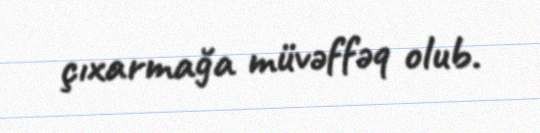
çıxarmağa müvəffəq olub.